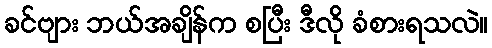
ခင်ဗျား ဘယ်အချိန်က စပြီး ဒီလို ခံစားရသလဲ။